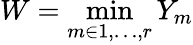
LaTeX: W=\operatorname*{min}_{m\in 1,\ldots,r}Y_{m}